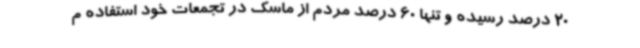
20 درصد رسیده و تنها 60 درصد مردم از ماسک در تجمعات خود استفاده م